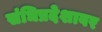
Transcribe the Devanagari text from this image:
संधिप्रदेशावर